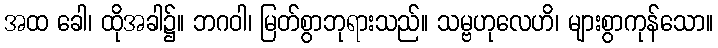
အထ ခေါ၊ ထိုအခါ၌။ ဘဂဝါ၊ မြတ်စွာဘုရားသည်။ သမ္ဗဟုလေဟိ၊ များစွာကုန်သော။